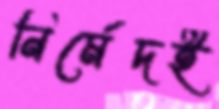
নির্মেদই